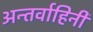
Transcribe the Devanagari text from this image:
अन्तर्वाहिनी